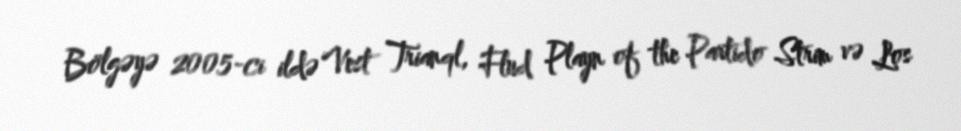
Bölgəyə 2005-ci ildə Vest Trianql, Flud Playn of the Partido Strim və Los